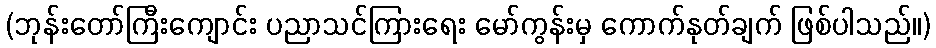
(ဘုန်းတော်ကြီးကျောင်း ပညာသင်ကြားရေး မော်ကွန်းမှ ကောက်နုတ်ချက် ဖြစ်ပါသည်။)